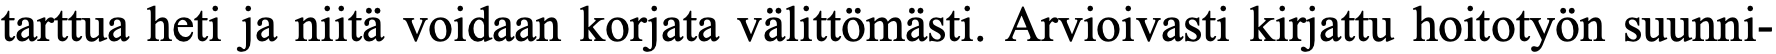
tarttua heti ja niitä voidaan korjata välittömästi. Arvioivasti kirjattu hoitotyön suunni-